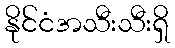
နိုင်ငံအသီးသီးရှိ